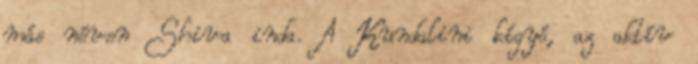
más néven Shiva inda. A Kundalini kígyó, az aktív